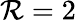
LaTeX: \mathcal{R}=2